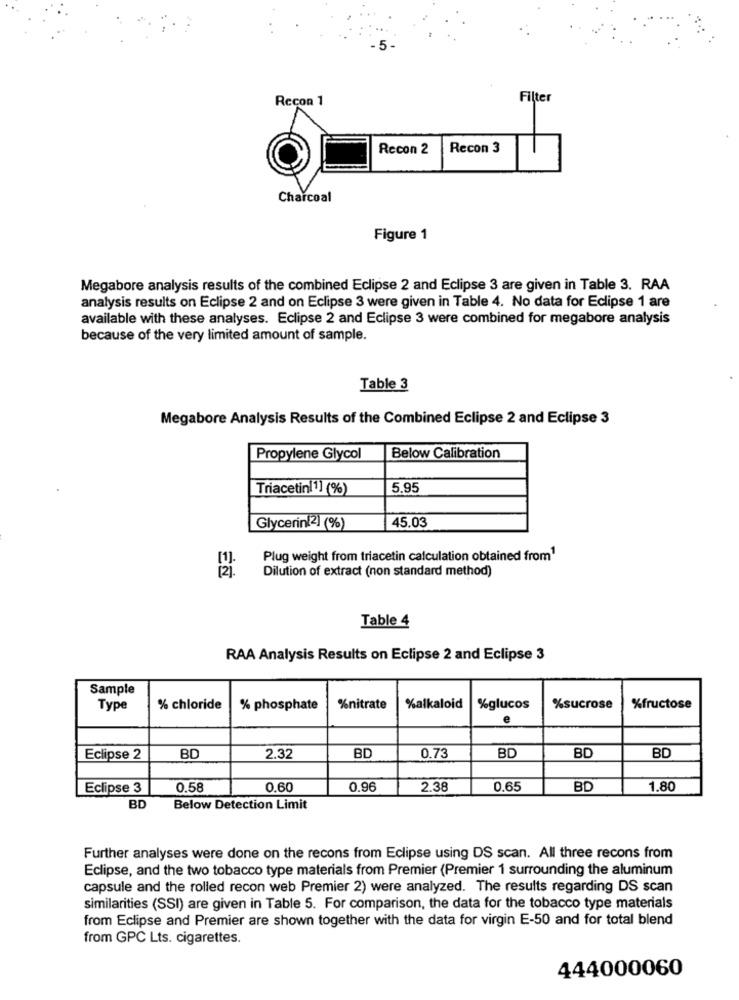
Recon 1
Filter
Recon 2
Recon 3
Charcoal
Figure 1
Megabore analysis results of the combined Eclipse 2 and Eclipse 3 are given in Table 3. RAA
analysis results on Eclipse 2 and on Eclipse 3 were given in Table 4. No data for Eclipse 1 are
available with these analyses. Eclipse 2 and Eclipse 3 were combined for megabore analysis
because of the very limited amount of sample.
Table 3
Megabore Analysis Results of the Combined Eclipse 2 and Eclipse 3
Propylene Glycol
Below Calibration
Triacetin(1) (%)
5.95
45.03
Glycerin(2] (%)
Plug weight from triacetin calculation obtained from1
Dilution of extract (non standard method)
EN
Table 4
RAA Analysis Results on Eclipse 2 and Eclipse 3
Sample
Type
% chloride
% phosphate
%nitrate
%alkaloid
%glucos
%sucrose
%fructose
e
BD
Eclipse 2
BD
2.32
BD
0.73
BD
BD
Eclipse 3
0.58
0.60
0.96
2.38
0.65
BD
1.80
BD
Below Detection Limit
Further analyses were done on the recons from Eclipse using DS scan. All three recons from
Eclipse, and the two tobacco type materials from Premier (Premier 1 surrounding the aluminum
capsule and the rolled recon web Premier 2) were analyzed. The results regarding DS scan
similarities (SSI) are given in Table 5. For comparison, the data for the tobacco type materials
from Eclipse and Premier are shown together with the data for virgin E-50 and for total blend
from GPC Lts. cigarettes.
444000060